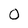
Character: 0